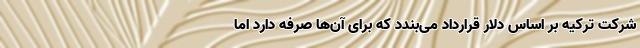
شرکت ترکیه بر اساس دلار قرارداد می‌بندد که برای آن‌ها صرفه دارد اما